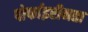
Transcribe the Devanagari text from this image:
पोर्फाइरीनता